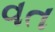
વત